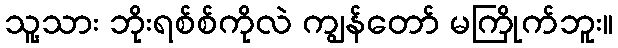
သူ့သား ဘိုးရစ်စ်ကိုလဲ ကျွန်တော် မကြိုက်ဘူး။